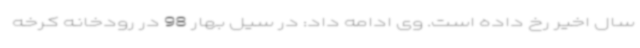
سال اخیر رخ داده است. وی ادامه داد: در سیل بهار 98 در رودخانه کرخه